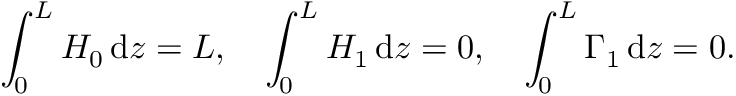
\int _ { 0 } ^ { L } H _ { 0 } \, \mathrm { d } z = L , \quad \int _ { 0 } ^ { L } H _ { 1 } \, \mathrm { d } z = 0 , \quad \int _ { 0 } ^ { L } \Gamma _ { 1 } \, \mathrm { d } z = 0 .